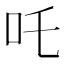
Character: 吒